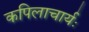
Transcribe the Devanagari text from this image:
कपिलाचार्यः